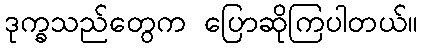
ဒုက္ခသည်တွေက ပြောဆိုကြပါတယ်။